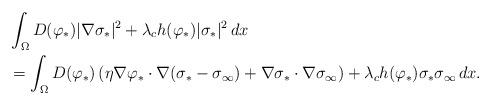
LaTeX: \begin{align*}& \int_{\Omega} D(\varphi_{*}) |\nabla \sigma_{*}|^{2} + \lambda_{c} h(\varphi_{*}) |\sigma_{*}|^{2} \, dx \\& = \int_{\Omega} D(\varphi_{*}) \left ( \eta \nabla \varphi_{*} \cdot \nabla (\sigma_{*} - \sigma_{\infty}) + \nabla \sigma_{*} \cdot \nabla \sigma_{\infty} \right ) + \lambda_{c} h(\varphi_{*}) \sigma_{*} \sigma_{\infty} \, dx.\end{align*}